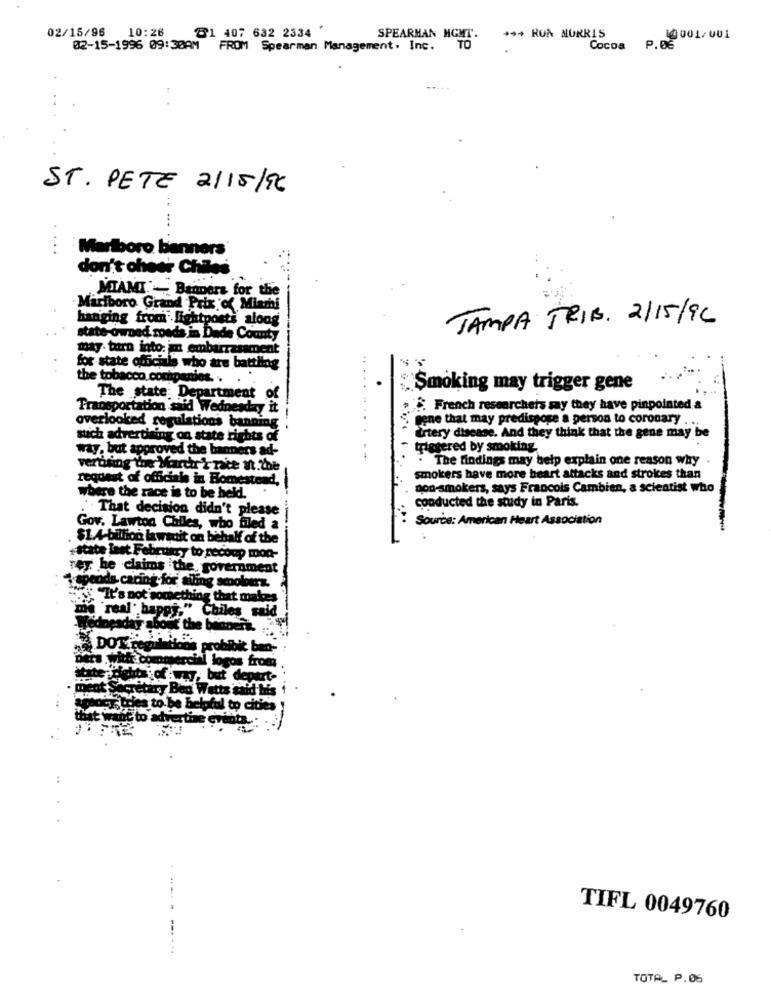
02/15/96 10:26
81 407 632 2334
SPEARHAN MGMT.
+++ RUN MORRIS
Cocoa P.DE
10 001/001
02-15-1996 09:30AM
FROM
Spearman Management. Inc.
. TO
.....
ST. PETE 2/15/96
Marlboro banners
don't chest Chiles
MIAMI. Banners for the
Marlboro Grand Prix of Miami
hanging from lightposts along
TAMPA TRIB. 2/15/96
state-Owned. roads in Dade County
may. turn into: mn embarrassment
for state officials who are battling
the tobacco companies .. ..
"Smoking may trigger gene
The state Department of
Transportation said Wednesday it
. French researchers say they have pinpointed &
rene that may predispose a person to coronary . .
overlooked regulations banning
such advertising on state rights of
Artery disease. And they think that the gene may be
way, but approved the banners ad-
trlegered by smoking.
- The findings may belp explain one reason why
verbsing the Marchr'Y nake nn.the
request of officials in Homestead,
smokers have more heart attacks and strokes than
non-smokers, says Francois Cambien, a scientist who
where the race is to be held.
conducted the study in Paris.
That decision didn't please
Source: American Heart Association
Gov. Lawton Chiles, who filed a
$1.4-billion lawsuit on behalf of the
+state last February to recoup mon-
rey he claims the. government
ods caring for alling smoolomz.
" "It's not something that makes
me real: happy." Chiles said
Wednesday about the binnenk. .
DOT real
ulations prohibit ban-
with commercial logos from
nicht jaffray, but depart-
It Secretary Bea Watts said Its
des to be helpful to cities
ertie
TIFL 0049760
----.
TOTAL P.06